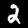
Label: 2